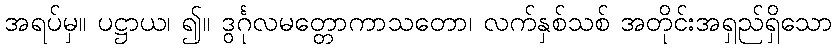
အရပ်မှ။ ပဋ္ဌာယ၊ ၍။ ဒွင်္ဂုလမတ္တောကာသတော၊ လက်နှစ်သစ် အတိုင်းအရှည်ရှိသော